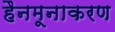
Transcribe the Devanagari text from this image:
हैनमूनाकरण